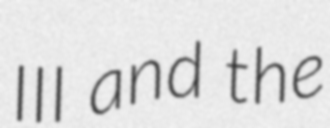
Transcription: III and the